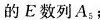
的E数列A_{5}；